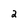
Character: 2